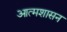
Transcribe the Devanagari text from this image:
आत्मशासन